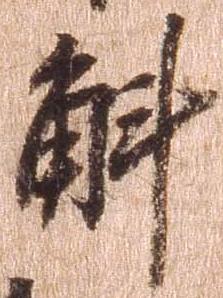
斛